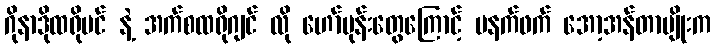
ဂိုနာဒိုထရိုပင် နဲ့ အက်စထရိုဂျင် လို ဟော်မုန်းတွေကြောင့် မနက်ဖက် အော့အန်တာမျိုးက